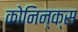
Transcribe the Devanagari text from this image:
कोनिन्क्स